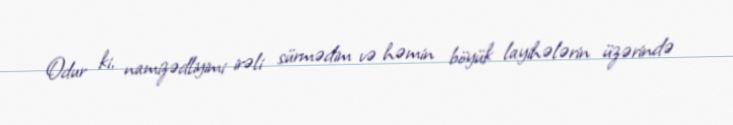
Odur ki, namizədliyimi irəli sürmədim və həmin böyük layihələrin üzərində